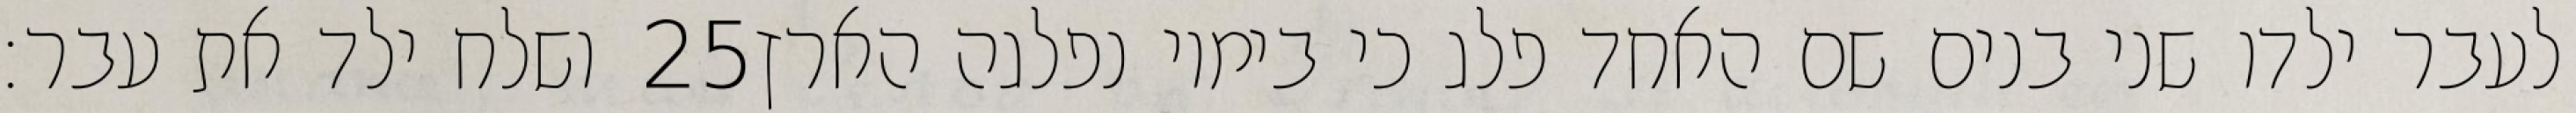
ושלח ילד את עבר׃ ‎25‏ לעבר ילדו שני בנים שם האחד פלג כי בימיו נפלגה הארץ